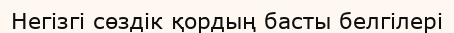
Негізгі сөздік қордың басты белгілері